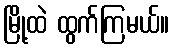
မြို့ထဲ ထွက်ကြမယ်။